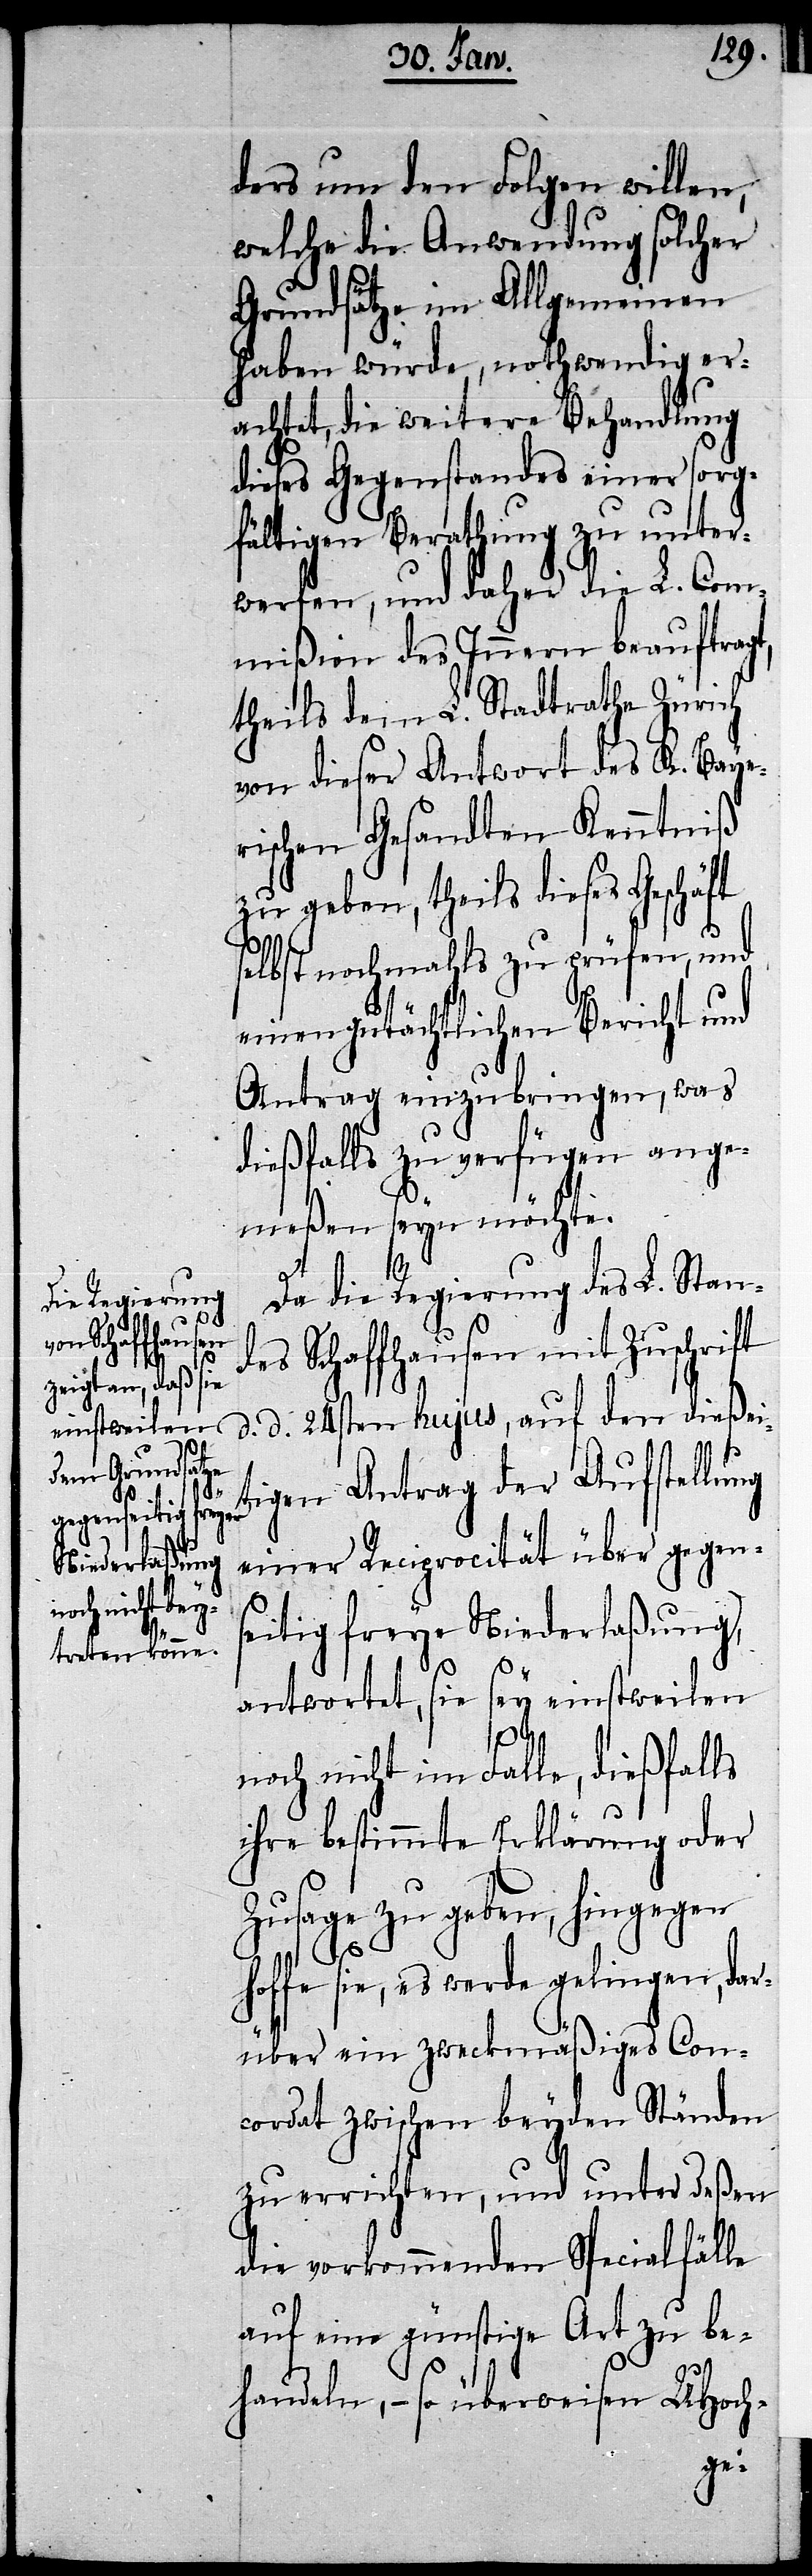
ders um den Folgen willen,
welche die Anwendung solcher
Grundsätze im Allgemeinen
haben würde, nothwendig er¬
achtet, die weitere Behandlung
dieses Gegenstandes einer sorg¬
fältigen Berathung zu unter¬
werfen, und daher die L. Com¬
mißion des Innern beauftragt,
theils dem L. Stadtrathe Zürich
von dieser Antwort des K. Baye¬
rischen Gesandten Kenntniß
zu geben, theils dieses Geschäft
selbst nochmahls zu prüfen, und
einen gutächtlichen Bericht und
Antrag einzubringen, was
dießfalls zu verfügen ange¬
meßen seyn möchte.
Da die Regierung des L. Stan¬
des Schaffhausen mit Zuschrift
d. d. 24sten hujus, auf den dießei¬
tigen Antrag der Aufstellung
einer Reciprocität über gegen¬
seitig freye Niederlaßung,
antwortet, sie sey einstweilen
noch nicht im Falle, dießfalls
ihre bestimmte Erklärung oder
Zusage zu geben, hingegen
hoffe sie, es werde gelingen, dar¬
über ein zweckmäßiges Con¬
cordat zwischen beyden Ständen
zu errichten, und unter deßen
die vorkommenden Specialfälle
auf eine günstige Art zu be¬
handeln, – so überweisen UHoch-